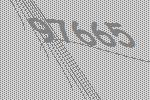
97665